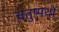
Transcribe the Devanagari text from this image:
चतुष्पथों